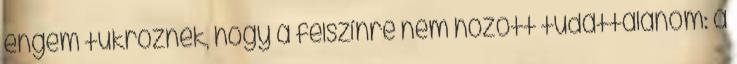
engem tükröznek, hogy a felszínre nem hozott tudattalanom: a